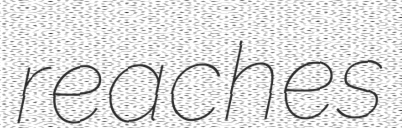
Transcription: reaches